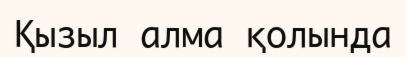
Қызыл алма қолында